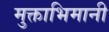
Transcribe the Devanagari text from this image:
मुक्ताभिमानी